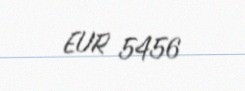
EUR 5456